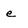
Character: e